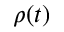
\rho ( t )